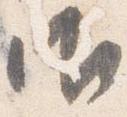
御